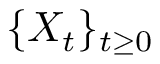
\{ X _ { t } \} _ { t \ge 0 }